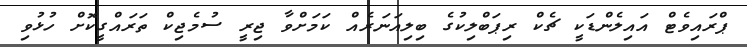
ޕްރައިވެޓް އައިލެންޑަކީ ޗެކް ރިޕަބްލިކުގެ ބިލިއަނަރެއް ކަމަށްވާ ޖިރީ ސުމެޖިކް ތަރައްގީކޮށް ހުޅުވި